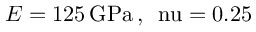
E = 1 2 5 \, \mathrm { { G P a } \, , \, \ n u = 0 . 2 5 }